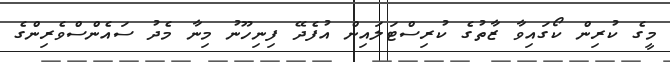
މީގެ ކުރިން ކޯގައިވާ ޒާތުގެ ކުރިސްޓަލައިން އުފެދޭ ފިނިހޫނު މިނާ މެދު ސައެންސްވެރިންގެ